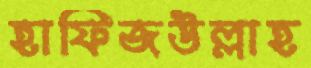
হাফিজউল্লাহ